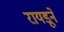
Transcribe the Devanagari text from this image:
रायडूने